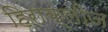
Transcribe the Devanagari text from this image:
हिराक्लीज